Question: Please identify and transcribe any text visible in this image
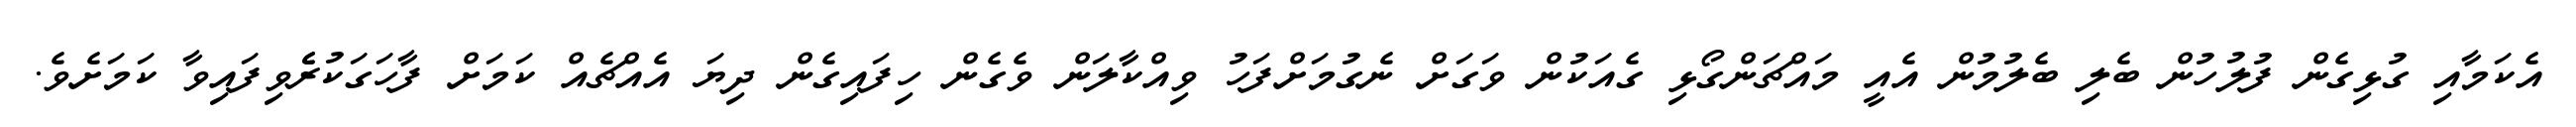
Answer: އެކަމާއި ގުޅިގެން ފުލުހުން ބެލި ބެލުމުން އެއީ މައްޗަންގޯޅި ގެއަކުން ވަގަށް ނެގުމަށްފަހު ވިއްކާލަން ވެގެން ހިފައިގެން ދިޔަ އެއްޗެއް ކަމަށް ފާހަގަކުރެެވިފައިވާ ކަމަށެވެ.